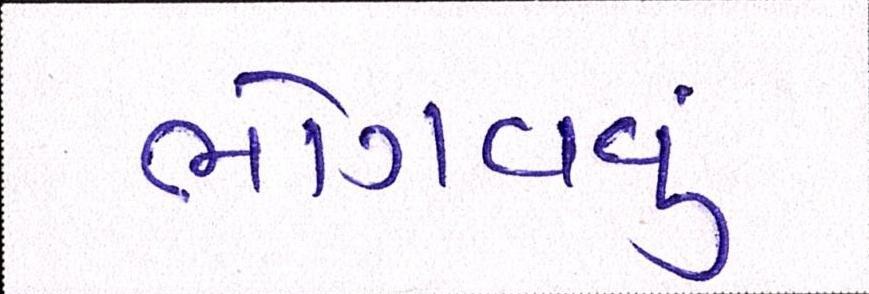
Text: ભોગવવું